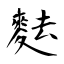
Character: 麮